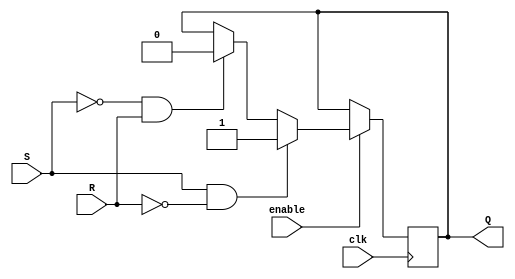
module gated_sr_ff (
    input S,       // Set input
    input R,       // Reset input
    input clk,     // Clock input
    input enable,  // Input gating enable
    output reg Q   // Output
);

reg Q_bar;  // Inverted output

always @(posedge clk) begin
    if (enable) begin
        if (S && ~R)
            Q <= 1;
        else if (~S && R)
            Q <= 0;
        else if (S || R)
            Q <= Q;
    end
end

assign Q_bar = ~Q;

endmodule